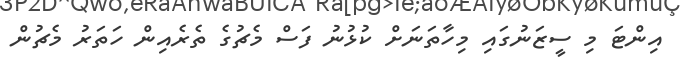
އިންޓަ މި ސީޒަނުގައި މިހާތަނަށް ކުޅުނު ފަސް މެޗުގެ ތެރެއިން ހަތަރު މެޗުން